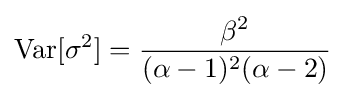
\operatorname {Var} [\sigma ^{2}]={\frac {\beta ^{2}}{(\alpha -1)^{2}(\alpha -2)}}